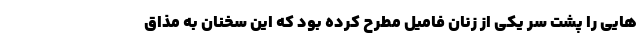
هایی را پشت سر یکی از زنان فامیل مطرح کرده بود که این سخنان به مذاق